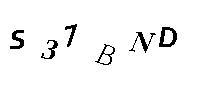
S37BND